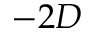
- 2 D